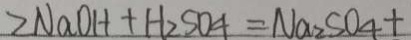
Z N a O H + H _ { 2 } S O _ { 4 } = N a _ { 2 } S O _ { 4 } +